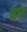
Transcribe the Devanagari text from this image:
यगा